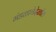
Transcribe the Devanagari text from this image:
मंडळाचेदेखील